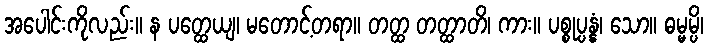
အပေါင်းကိုလည်း။ န ပတ္ထေယျ၊ မတောင့်တရာ။ တတ္ထ တတ္ထာတိ၊ ကား။ ပစ္စုပ္ပန္နံ၊ သော။ ဓမ္မမ္ပိ၊